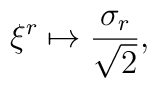
\xi ^{r}\mapsto \frac{\sigma _{r}}{\sqrt{2}},